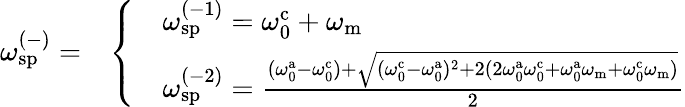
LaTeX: \omega_{\mathrm{sp}}^{(-)}=\begin{array}{rl}&{\left\{ \begin{array}{ll}&{\omega_{\mathrm{sp}}^{(-1)}=\omega_{\mathrm{0}}^{\mathrm{c}}+\omega_{\mathrm{m}}}\\ &{\omega_{\mathrm{sp}}^{(-2)}=\frac{(\omega_{\mathrm{0}}^{\mathrm{a}}-\omega_{\mathrm{0}}^{\mathrm{c}})+\sqrt{(\omega_{\mathrm{0}}^{\mathrm{c}}-\omega_{\mathrm{0}}^{\mathrm{a}})^{2}+2(2\omega_{\mathrm{0}}^{\mathrm{a}}\omega_{\mathrm{0}}^{\mathrm{c}}+\omega_{\mathrm{0}}^{\mathrm{a}}\omega_{\mathrm{m}}+\omega_{\mathrm{0}}^{\mathrm{c}}\omega_{\mathrm{m}})}}{2}}\end{array}\right.}\end{array}